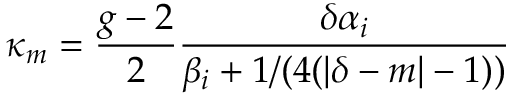
\kappa _ { m } = { \frac { g - 2 } { 2 } } { \frac { \delta \alpha _ { i } } { \beta _ { i } + 1 / ( 4 ( | \delta - m | - 1 ) ) } }